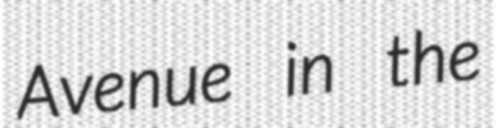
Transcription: Avenue in the